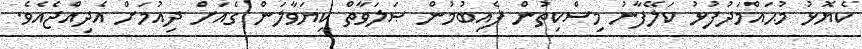
ކެޔޮޅު މުޙައްމަދުފުޅު ކަލޭފާނު މިސްކިތުން ފެއިބުމުން ޞަލަވާތް ކިޔަވާލަން ގެއަށް ދިއުމަށް އެދިއްޖެއެވެ.